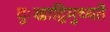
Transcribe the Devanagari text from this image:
दुःखाद्विमुच्यते